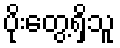
ပိုးတွေ့ရှိသူ